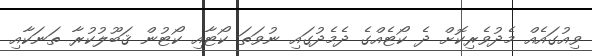
ވިއުގައެއް މެދުވެރިކޮށް ދެ ކޯޓެއްގެ ދެމެދުގައި ނުވަތަ ކޯޓާއި ކޯޓުން ޤަބޫލުކުރާ ތަނަކާއި